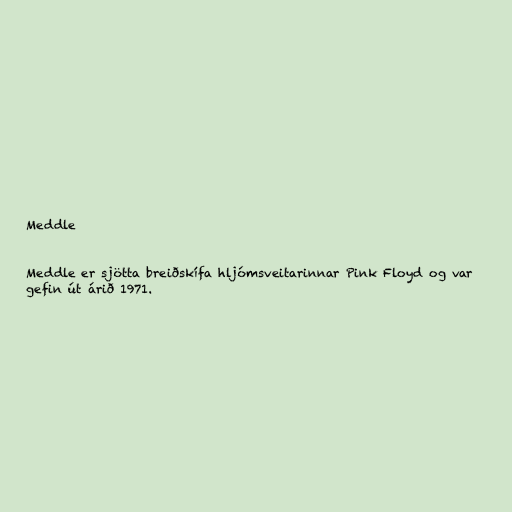
Meddle

Meddle er sjötta breiðskífa hljómsveitarinnar Pink Floyd og var
gefin út árið 1971.